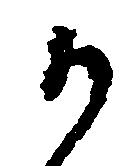
か